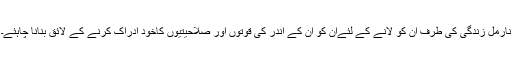
نارمل زندگی کی طرف ان کو لانے کے لئےان کو ان کے اندر کی قوتوں اور صلاحیتیوں کاخود ادراک کرنے کے لائق بنانا چاہئے۔